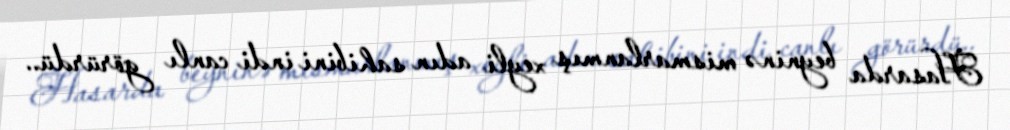
Hasarda beyninə mismarlanmış xeyli adın sahibini indi canlı görürdü..